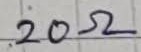
Text: 20Ω